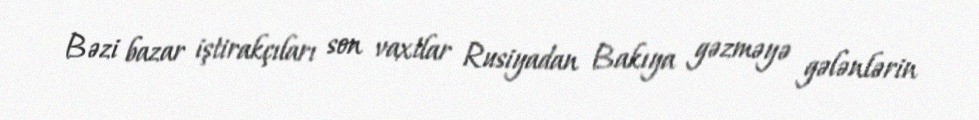
Bəzi bazar iştirakçıları son vaxtlar Rusiyadan Bakıya gəzməyə gələnlərin